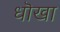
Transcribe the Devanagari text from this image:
धॊखा